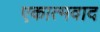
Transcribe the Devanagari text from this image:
एकात्मवाद